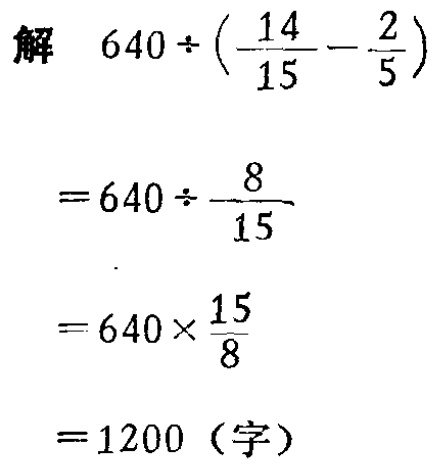
\[

\begin{align*}

&解\quad640\div(\frac{14}{15}-\frac{2}{5})\\

&=640\div\frac{8}{15}\\

&=640\times\frac{15}{8}\\

&=1200（字）

\end{align*}

\]